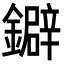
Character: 鐴